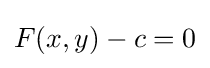
F(x,y)-c=0